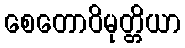
စေတောဝိမုတ္တိယာ